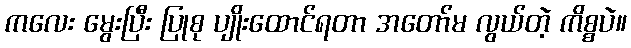
ကလေး မွေးပြီး ပြုစု ပျိုးထောင်ရတာ အတော်မ လွယ်တဲ့ ကိစ္စပဲ။